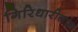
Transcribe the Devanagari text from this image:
गिरिधारीलाल